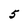
Character: 5